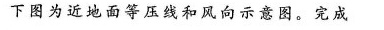
下图为近地面等压线和风向示意图。完成